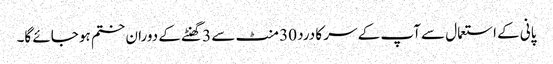
پانی کے استعمال سے آپ کے سر کا درد 30 منٹ سے 3 گھنٹے کے دوران ختم ہو جائے گا۔